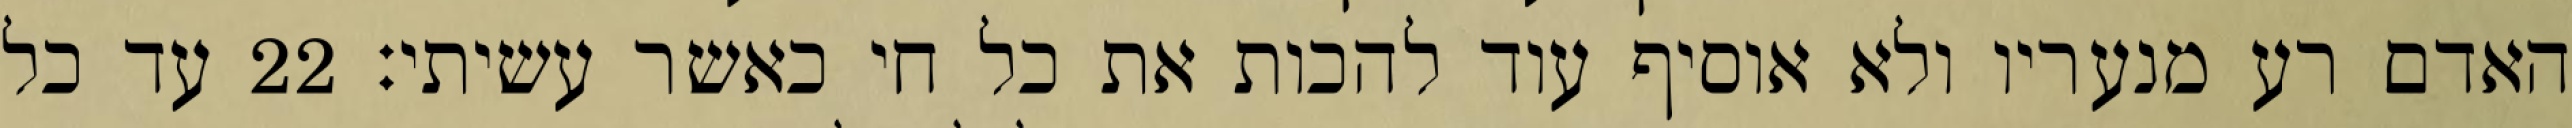
האדם רע מנעריו ולא אוסיף עוד להכות את כל חי כאשר עשיתי׃ ‎22‏ עד כל